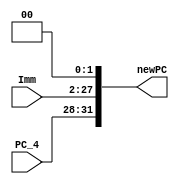
`timescale 1ns / 1ps
//////////////////////////////////////////////////////////////////////////////////
// Company: 
// Engineer: 
// 
// Design Name: 
// Module Name:    jalgen 
// Project Name: 
// Target Devices: 
// Tool versions: 
// Description: 
//
// Dependencies: 
//
// Revision: 
// Revision 0.01 - File Created
// Additional Comments: 
//
//////////////////////////////////////////////////////////////////////////////////
module jalgen(
	input [25:0] Imm,
	input [3:0] PC_4, //[31:28] ?  fit length is al
	output [31:0] newPC //PC(select)
    );
	assign newPC = {PC_4, Imm, 2'b00}; // PC

endmodule